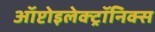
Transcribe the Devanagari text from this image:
ऑप्टोइलेक्ट्रॉनिक्स